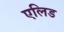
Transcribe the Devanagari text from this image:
एलिड